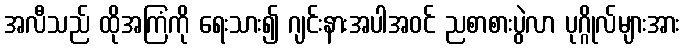
အလီသည် ထိုအကြံကို ရေးသား၍ ဂျင်းနားအပါအဝင် ညစာစားပွဲလာ ပုဂ္ဂိုလ်များအား